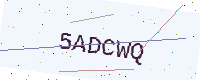
Text: 5ADCWQ